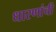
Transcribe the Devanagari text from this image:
धारणांची